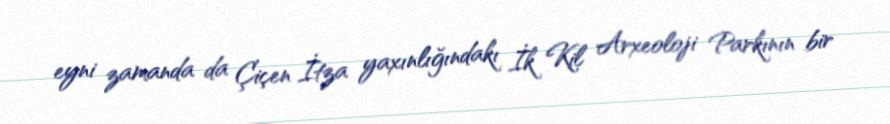
eyni zamanda da Çiçen İtza yaxınlığındakı İk Kil Arxeoloji Parkının bir